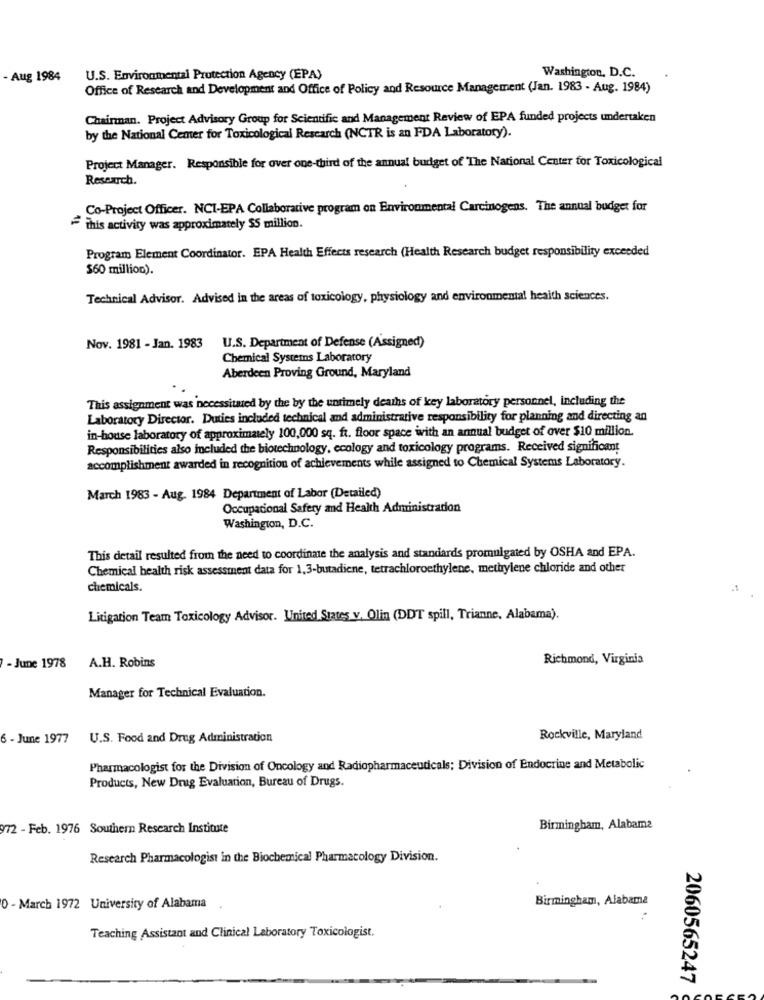
Washington, D.C.
- Aug 1984
U.S. Environmental Protection Agency (EPA)
Office of Research and Development and Office of Policy and Resource Management (Jan. 1983 - Aug. 1984)
Chairman. Project Advisory Group for Scientific and Management Review of EPA funded projects undertaken
by the National Center for Toxicological Research (NCTR is an FDA Laboratory).
Project Manager. Responsible for over one-third of the annual budget of The National Center for Toxicological
Research.
Co-Project Officer. NCI-EPA Collaborative program on Environmental Carcinogens. The annual budget for
this activity was approximately $5 million.
Program Element Coordinator. EPA Health Effects research (Health Research budget responsibility exceeded
$60 million).
Technical Advisor. Advised in the areas of toxicology, physiology and environmental health sciences.
Nov. 1981 - Jan. 1983
U.S. Department of Defense (Assigned)
Chemical Systems Laboratory
Aberdeen Proving Ground, Maryland
This assignment was necessitated by the by the untimely deaths of key laboratory personnel, including the
Laboratory Director. Duties included technical and administrative responsibility for planning and directing an
in-house laboratory of approximately 100,000 sq. ft. floor space with an annual budget of over $10 million.
Responsibilities also included the biotechnology, ecology and toxicology programs. Received significant
accomplishment awarded in recognition of achievements while assigned to Chemical Systems Laboratory.
March 1983 - Aug. 1984 Department of Labor (Detailed)
Occupational Safety and Health Administration
Washington, D.C.
This detail resulted from the need to coordinate the analysis and standards promulgated by OSHA and EPA.
Chemical health risk assessment data for 1,3-butadiene, tetrachloroethylene, methylene chloride and other
chemicals.
Litigation Team Toxicology Advisor. United States v. Olin (DDT spill, Trianne, Alabama).
Richmond, Virginia
- June 1978
A.H. Robins
Manager for Technical Evaluation.
6 - June 1977
U.S. Food and Drug Administration
Rockville, Maryland
Pharmacologist for the Division of Oncology and Radiopharmaceuticals: Division of Endocrine and Metabolic
Products, New Drug Evaluation, Bureau of Drugs.
972 - Feb. 1976 Southern Research Institute
Birmingham, Alabama
Research Pharmacologist in the Biochemical Pharmacology Division.
Birmingham, Alabama
0 - March 1972 University of Alabama
Teaching Assistant and Clinical Laboratory Toxicologist.
2060565247